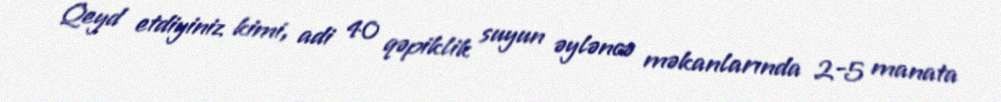
Qeyd etdiyiniz kimi, adi 40 qəpiklik suyun əyləncə məkanlarında 2-5 manata